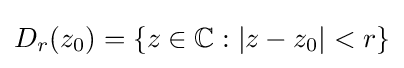
D_{r}(z_{0})=\{z\in \mathbb {C} :|z-z_{0}|<r\}